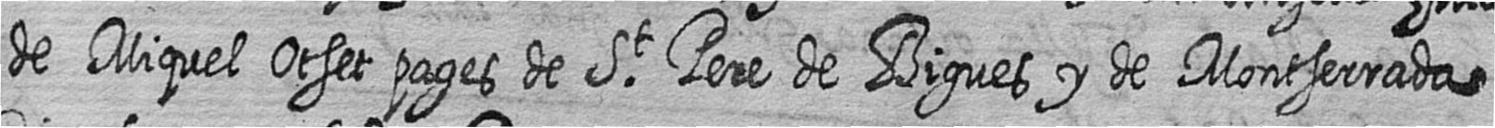
de Miquel Otset pages de St Pere de Bigues y de Montserrada